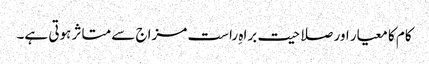
کام کا معیار اور صلاحیت براہِ راست مزاج سے متاثر ہوتی ہے۔